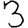
Digit: 3